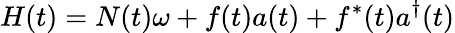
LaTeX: H(t)=N(t)\omega+f(t)a(t)+f^{*}(t)a^{\dagger}(t)